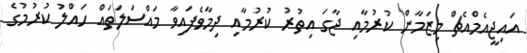
އައިޖީއެމްއެޗް މިޒަމާން ކުރުމާއި ޖާގަ އިތުރު ކުރުމާއި ދިމާވެފައިވާ މައްސަލަތައް ހައްލު ކުރުމުގެ